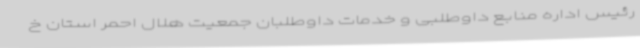
رئیس اداره منابع داوطلبی و خدمات داوطلبان جمعیت هلال احمر استان خ